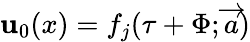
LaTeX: \mathbf{u}_{0}(x)=f_{j}(\tau+\Phi;\overrightarrow{{a}})